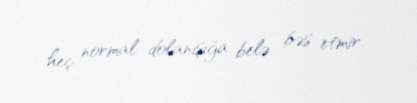
heç normal dolanışığa belə bəs etmir.